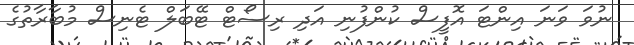
ނުވަ ވަނަ އިންޓަ އޮފީސް ކުންފުނި އަދި ރިސޯޓް ޓޭބަލް ޓެނިސް މުބާރާތުގެ